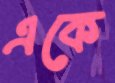
একে